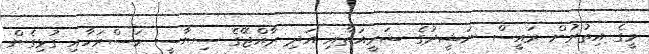
މީގެ އިތުރުން ރައީސް ނަޝީދުގެ ޝަރީއަތާއި އަދި ރާއްޖޭގެ ސިޔާސީ މަސްރަހާއި ގުޅިގެން